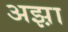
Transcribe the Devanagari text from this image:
अझ़ा